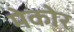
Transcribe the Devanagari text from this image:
मेकोर